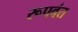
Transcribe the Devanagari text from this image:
रूपवंत